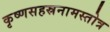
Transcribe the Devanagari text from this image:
कृष्णसहस्रनामस्तोत्र